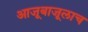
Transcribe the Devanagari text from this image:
आजूबाजूलाच